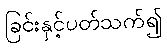
ခြင်းနှင့်ပတ်သက်၍